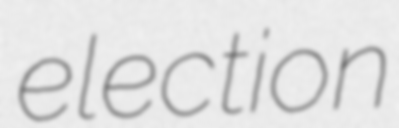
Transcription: election